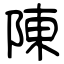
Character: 陳